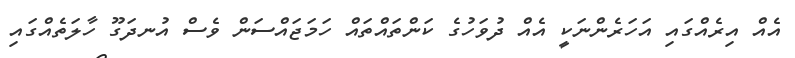
އެއް އިރެއްގައި އަހަރެންނަކީ އެއް ދުވަހުގެ ކަންތައްތައް ހަމަޖައްސަން ވެސް އުނދަގޫ ހާލަތެއްގައި